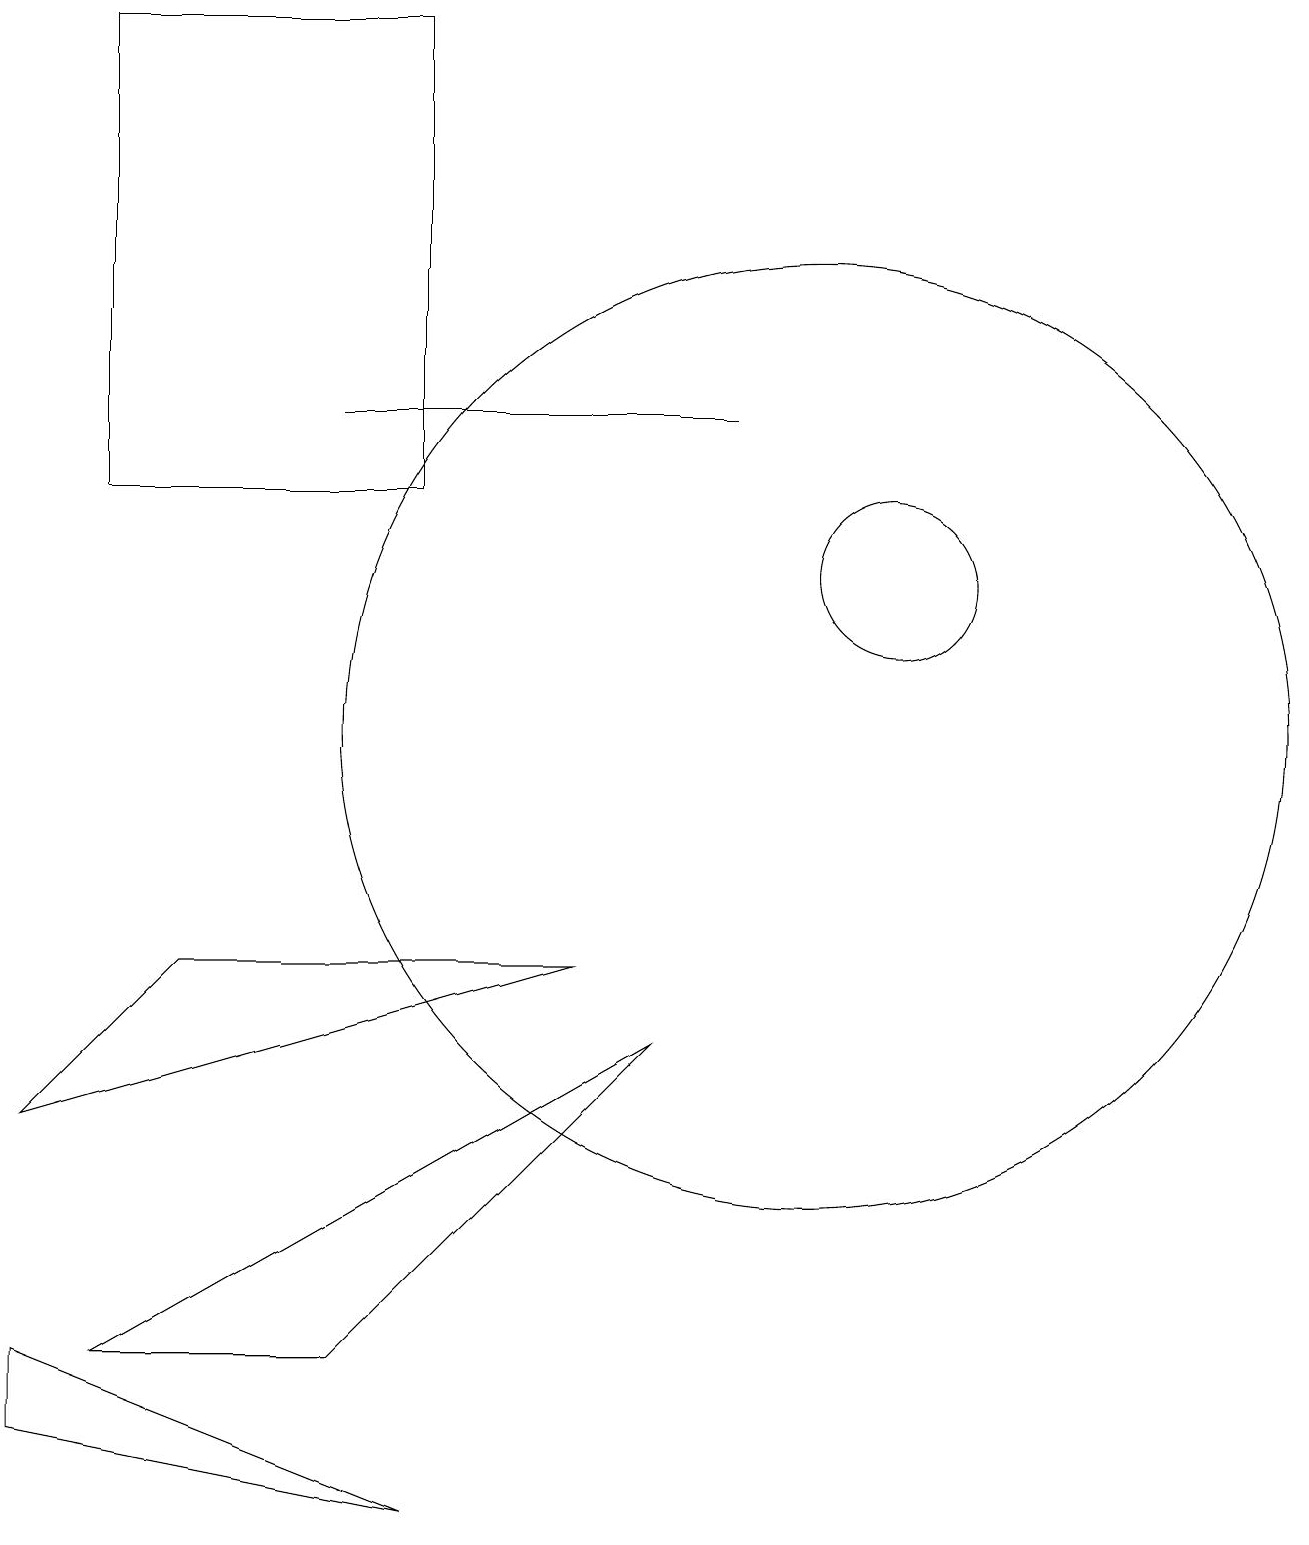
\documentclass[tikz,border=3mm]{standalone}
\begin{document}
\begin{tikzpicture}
\draw (5,0) -- (0,1) -- (0,2) -- cycle;
\draw (11,12) circle (1);
\draw (10,10) circle (6);
\draw (7,7) -- (2,7) -- (0,5) -- cycle;
\draw (4,14) rectangle (9,14);
\draw (8,6) -- (1,2) -- (4,2) -- cycle;
\draw (1,19) rectangle (5,13);
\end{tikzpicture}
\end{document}